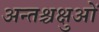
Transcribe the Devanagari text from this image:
अन्तश्चक्षुओं